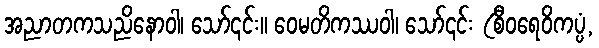
အညာတကသညိနောဝါ၊ သော်၎င်း။ ဝေမတိကဿဝါ၊ သော်၎င်း (စီဝရေဝိကပ္ပံ,